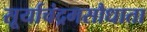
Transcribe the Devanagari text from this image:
सूर्याचंद्रमसौधाता